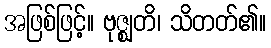
အဖြစ်ဖြင့်။ ဗုဇ္ဈတိ၊ သိတတ်၏။